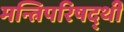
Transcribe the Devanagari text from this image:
मन्त्रिपरिषद्‍थी